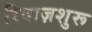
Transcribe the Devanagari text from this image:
रिवाज़शुरू